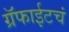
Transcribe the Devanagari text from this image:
ग्रॅफाईटचं